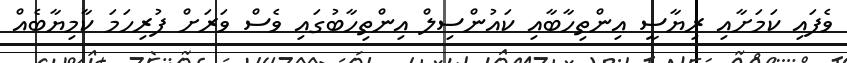
ވެފައި ކަމަށާއި ރިޔާސީ އިންތިހާބާއި ކައުންސިލް އިންތިހާބުގައި ވެސް ވަރަށް ފުރިހަމަ ކާމިޔާބެއް